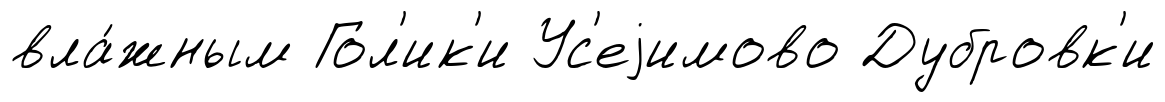
вла́жным Гол'ик'и Ус'еjимово Дубровк'и